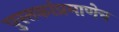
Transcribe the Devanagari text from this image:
पुस्तकांप्रमाणेच